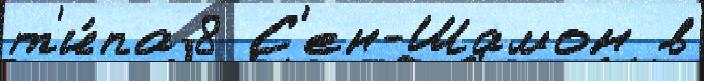
т'и́па 8 С'ен-Шамон в